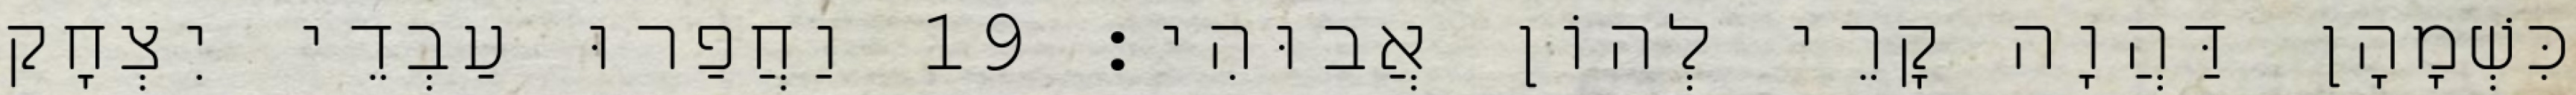
כִּשְׁמָהָן דַּהֲוָה קָרֵי לְהוֹן אֲבוּהִי׃ 19 וַחֲפַרוּ עַבְדֵי יִצְחָק